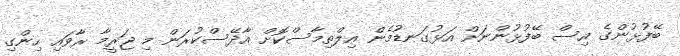
ބޭފުޅުންގެ އިސް ބޭފުޅުންނަށް އަޅުގަނޑުމެން އިލްތިމާސްކޮށް އާދޭސްކުރަން މި ޖަރީމާ ރާވައި ހިންގި